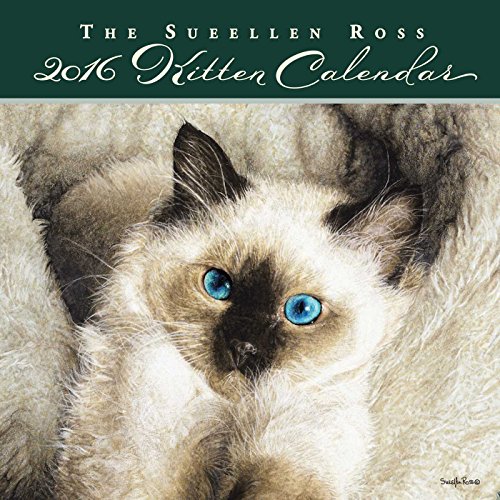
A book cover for Sueellen Ross Kitten 2016 Mini Wall Calendar; Sueellen Ross; Calendars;